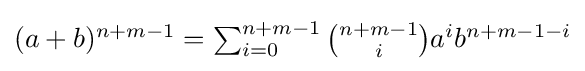
\textstyle (a+b)^{n+m-1}=\sum _{i=0}^{n+m-1}{\binom {n+m-1}{i}}a^{i}b^{n+m-1-i}